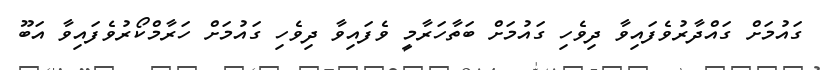
ގައުމަށް ގައްދާރުވެފައިވާ ދިވެހި ގައުމަށް ބަތާހަރާމީ ވެފައިވާ ދިވެހި ގައުމަށް ހަރާމްކޯރުވެފައިވާ އަބޫ